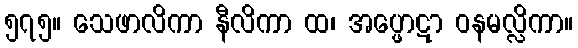
၅၇၅။ သေဖာလိကာ နီလိကာ ထ၊ အပ္ဖောဋာ ဝနမလ္လိကာ။